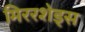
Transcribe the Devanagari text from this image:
मिररशेड्स